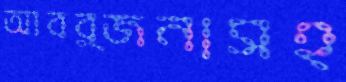
আবর্জনাসহ